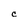
Character: C